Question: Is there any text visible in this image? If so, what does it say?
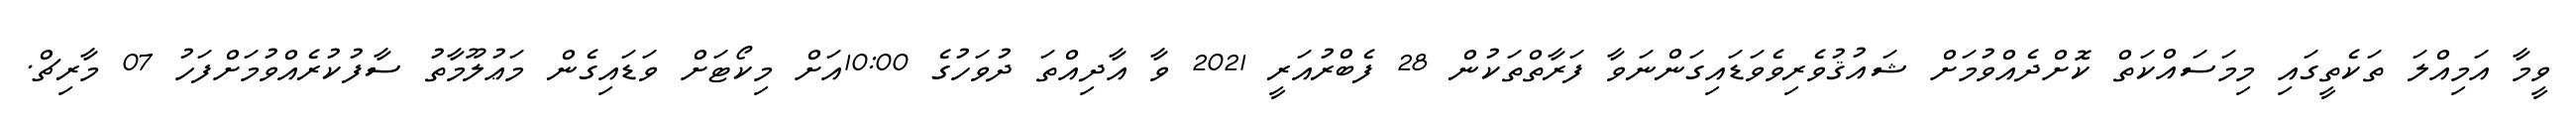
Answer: ވީމާ އަމިއްލަ ތަކެތީގައި މިމަސައްކަތް ކޮށްދެއްވުމަށް ޝައުޤުވެރިވެވަޑައިގަންނަވާ ފަރާތްތަކުން 28 ފެބްރުއަރީ 2021 ވާ އާދިއްތަ ދުވަހުގެ 10:00އަށް މިކޯޓަށް ވަޑައިގެން މަޢުލޫމާތު ސާފުކުރެއްވުމަށްފަހު 07 މާރިޗް.